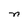
Character: n